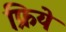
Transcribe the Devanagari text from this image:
फ्रिये